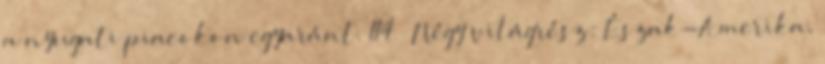
a nyugati piacokon egyaránt. 114 — Négy világrész: Észak-Amerika,